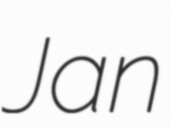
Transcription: Jan